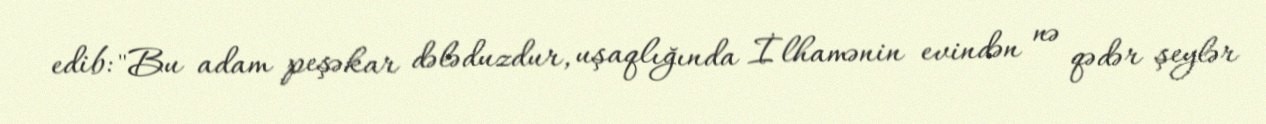
edib: "Bu adam peşəkar dələduzdur, uşaqlığında İlhamənin evindən nə qədər şeylər